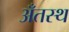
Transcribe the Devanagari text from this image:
अँतस्थ